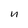
Character: n